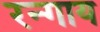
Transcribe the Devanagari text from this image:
रन्गाय